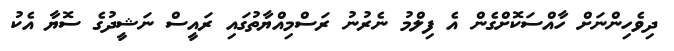
ދިވެހިންނަށް ހާއްސަކޮށްގެން އެ ފިލްމު ނެރުނު ރަސްމިއްޔާތުގައި ރައީސް ނަޝީދުގެ ސޮޔާ އެކު